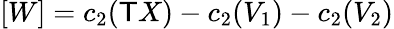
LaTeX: [W]=c_{2}(\mathsf{T}X)-c_{2}(V_{1})-c_{2}(V_{2})